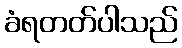
ခံရတတ်ပါသည်